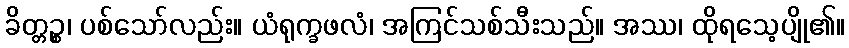
ခိတ္တဉ္စ၊ ပစ်သော်လည်း။ ယံရုက္ခဖလံ၊ အကြင်သစ်သီးသည်။ အဿ၊ ထိုရသေ့ပျို၏။